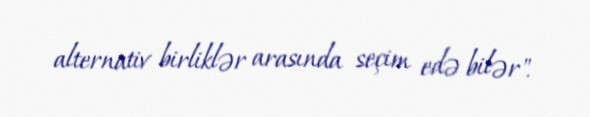
alternativ birliklər arasında seçim edə bilər".